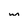
Character: m